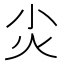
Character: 𡭞